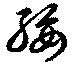
綏